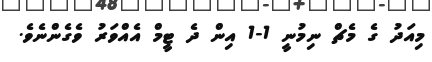
މިއަދު ގެ މެޗް ނިމުނީ 1-1 އިން ދެ ޓީމް އެއްވަރު ވެގެންނެވެ.